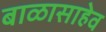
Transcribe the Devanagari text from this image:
बाळासाहेव